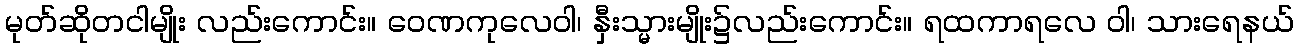
မုတ်ဆိုတငါမျိုး လည်းကောင်း။ ဝေဏကုလေဝါ၊ နှီးသ္မားမျိုး၌လည်းကောင်း။ ရထကာရလေ ဝါ၊ သားရေနယ်